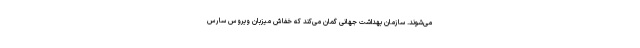
می‌شوند. سازمان بهداشت جهانی گمان می‌کند که خفاش میزبان ویروس سارس